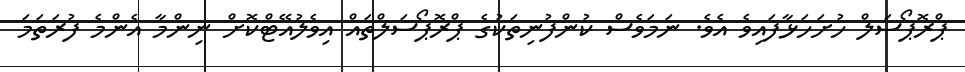
ޕްރޮޕޯސަލް ހުށަހަޅާފައިވެ އެވެ. ނަމަވެސް ކުންފުނިތަކުގެ ޕްރޮޕޯސަލްތައް އިވެލުއޭޓްކޮށް ނިންމާ އެންމެ ފުރަތަމަ